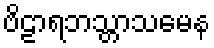
ဗိဠာရဘသ္တာသမေန